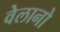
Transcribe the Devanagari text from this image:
वेलानो